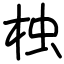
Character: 𣑺